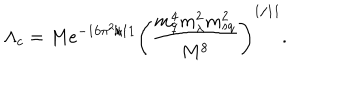
\Lambda _ { c } = M e ^ { - 1 6 \pi ^ { 2 } / 1 1 } \left( \frac { m _ { q } ^ { 4 } m _ { \lambda } ^ { 2 } m _ { s q } ^ { 2 } } { M ^ { 8 } } \right) ^ { 1 / 1 1 } .